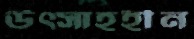
উত্সাহহীন